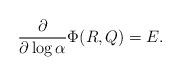
LaTeX: \begin{align*}\frac{\partial}{\partial\log\alpha} \Phi(R,Q)=E.\end{align*}